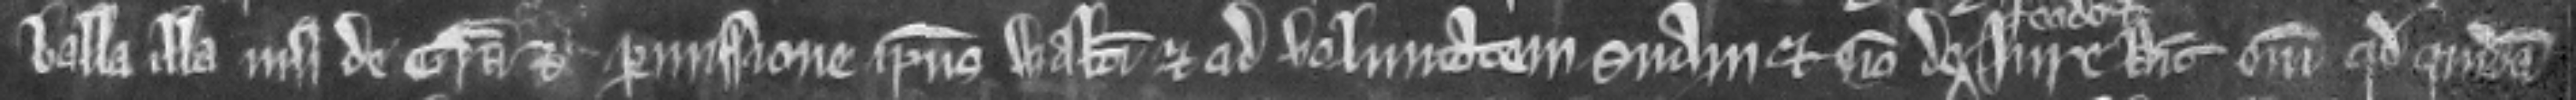
balliva illa nisi de gracia et permissione ipsius Walteri et ad voluntatem suam et non de jure Dicit enim quod quidam